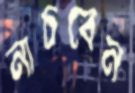
নাচবেন